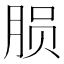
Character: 𬁽